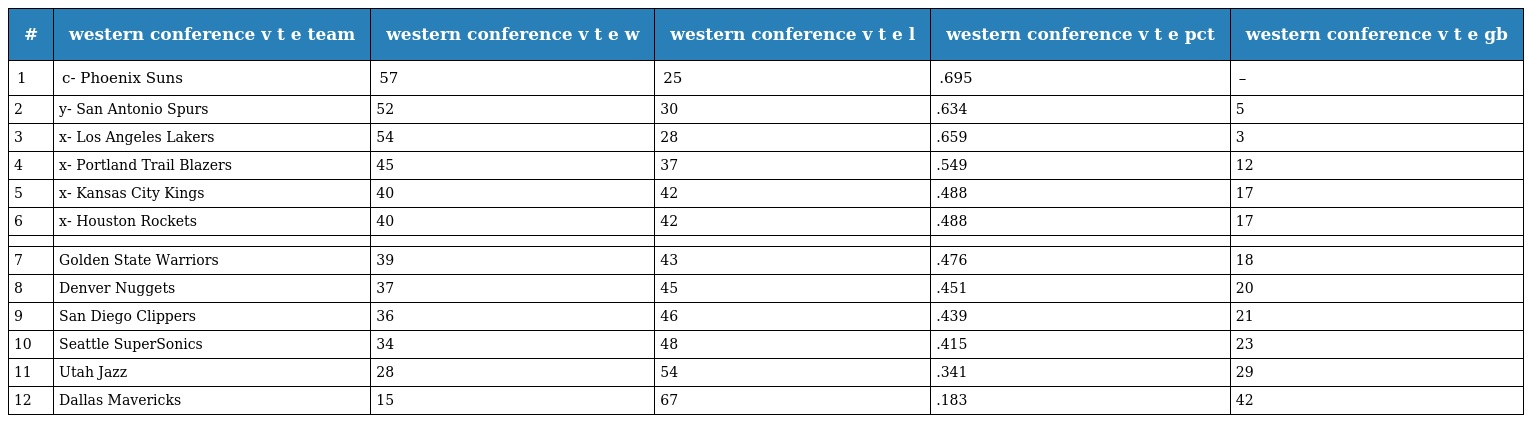
| # | western conference v t e team | western conference v t e w | western conference v t e l | western conference v t e pct | western conference v t e gb |
 | --- | --- | --- | --- | --- | --- |
 | 1 | c- Phoenix Suns | 57 | 25 | .695 | – |
 | 2 | y- San Antonio Spurs | 52 | 30 | .634 | 5 |
 | 3 | x- Los Angeles Lakers | 54 | 28 | .659 | 3 |
 | 4 | x- Portland Trail Blazers | 45 | 37 | .549 | 12 |
 | 5 | x- Kansas City Kings | 40 | 42 | .488 | 17 |
 | 6 | x- Houston Rockets | 40 | 42 | .488 | 17 |
 |  |  |  |  |  |  |
 | 7 | Golden State Warriors | 39 | 43 | .476 | 18 |
 | 8 | Denver Nuggets | 37 | 45 | .451 | 20 |
 | 9 | San Diego Clippers | 36 | 46 | .439 | 21 |
 | 10 | Seattle SuperSonics | 34 | 48 | .415 | 23 |
 | 11 | Utah Jazz | 28 | 54 | .341 | 29 |
 | 12 | Dallas Mavericks | 15 | 67 | .183 | 42 |